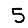
Digit: 5